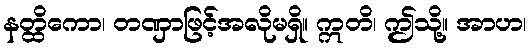
နတ္ထိကော၊ တဏှာဖြင့်အလိုမရှိ။ ဣတိ၊ ဤသို့။ အာဟ၊